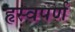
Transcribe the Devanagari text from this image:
हृस्वपर्ण